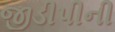
જીડીપીની